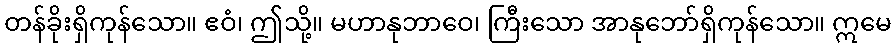
တန်ခိုးရှိကုန်သော။ ဧဝံ၊ ဤသို့။ မဟာနုဘာဝေ၊ ကြီးသော အာနုဘော်ရှိကုန်သော။ ဣမေ